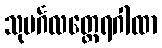
သုမင်္ဂလတ္ထေရဂါထာ